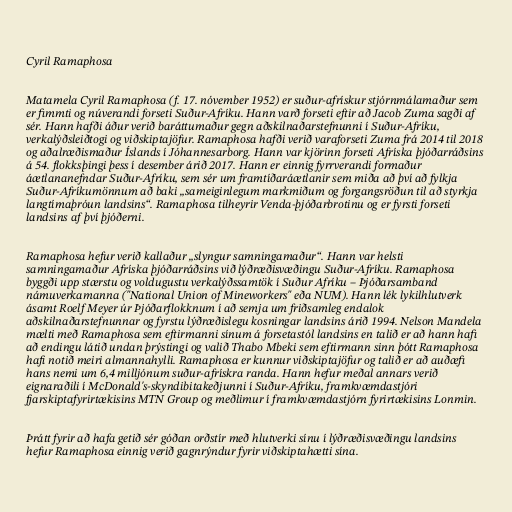
Cyril Ramaphosa

Matamela Cyril Ramaphosa (f. 17. nóvember 1952) er suður-afrískur stjórnmálamaður sem
er fimmti og núverandi forseti Suður-Afríku. Hann varð forseti eftir að Jacob Zuma sagði af
sér. Hann hafði áður verið baráttumaður gegn aðskilnaðarstefnunni í Suður-Afríku,
verkalýðsleiðtogi og viðskiptajöfur. Ramaphosa hafði verið varaforseti Zuma frá 2014 til 2018
og aðalræðismaður Íslands í Jóhannesarborg. Hann var kjörinn forseti Afríska þjóðarráðsins
á 54. flokksþingi þess í desember árið 2017. Hann er einnig fyrrverandi formaður
áætlananefndar Suður-Afríku, sem sér um framtíðaráætlanir sem miða að því að fylkja
Suður-Afríkumönnum að baki „sameiginlegum markmiðum og forgangsröðun til að styrkja
langtímaþróun landsins“. Ramaphosa tilheyrir Venda-þjóðarbrotinu og er fyrsti forseti
landsins af því þjóðerni.

Ramaphosa hefur verið kallaður „slyngur samningamaður“. Hann var helsti
samningamaður Afríska þjóðarráðsins við lýðræðisvæðingu Suður-Afríku. Ramaphosa
byggði upp stærstu og voldugustu verkalýðssamtök í Suður Afríku – Þjóðarsamband
námuverkamanna ("National Union of Mineworkers" eða NUM). Hann lék lykilhlutverk
ásamt Roelf Meyer úr Þjóðarflokknum í að semja um friðsamleg endalok
aðskilnaðarstefnunnar og fyrstu lýðræðislegu kosningar landsins árið 1994. Nelson Mandela
mælti með Ramaphosa sem eftirmanni sínum á forsetastól landsins en talið er að hann hafi
að endingu látið undan þrýstingi og valið Thabo Mbeki sem eftirmann sinn þótt Ramaphosa
hafi notið meiri almannahylli. Ramaphosa er kunnur viðskiptajöfur og talið er að auðæfi
hans nemi um 6,4 milljónum suður-afrískra randa. Hann hefur meðal annars verið
eignaraðili í McDonald's-skyndibitakeðjunni í Suður-Afríku, framkvæmdastjóri
fjarskiptafyrirtækisins MTN Group og meðlimur í framkvæmdastjórn fyrirtækisins Lonmin.

Þrátt fyrir að hafa getið sér góðan orðstír með hlutverki sínu í lýðræðisvæðingu landsins
hefur Ramaphosa einnig verið gagnrýndur fyrir viðskiptahætti sína.